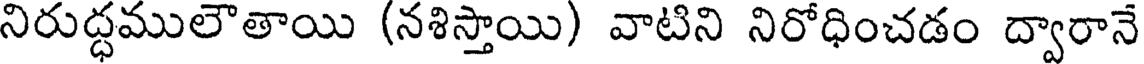
నిరుద్ధములౌతాయి (నశిస్తాయి) వాటిని నిరోధించడం ద్వారానే